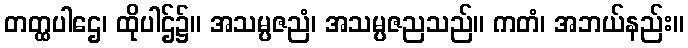
တတ္ထပါဌေ၊ ထိုပါဌ်၌။ အသမ္ပဇညံ၊ အသမ္ပဇညသည်။ ကတံ၊ အဘယ်နည်း။